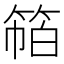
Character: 𰪁